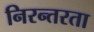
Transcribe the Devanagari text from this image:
निरन्‍तरता